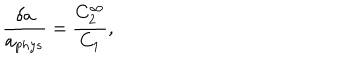
\frac { \delta a } { a _ { p h y s } } = \frac { C _ { 2 } ^ { \infty } } { C _ { 1 } } ,